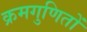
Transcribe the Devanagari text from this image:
क्रमगुणितों